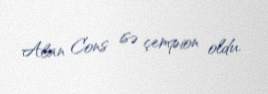
Alan Cons isə çempion oldu.